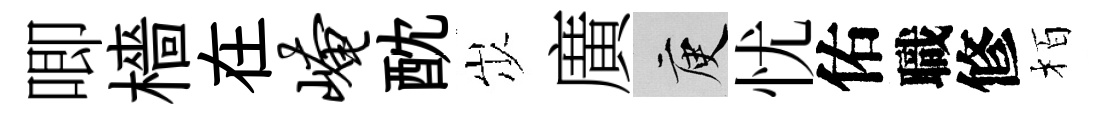
唧檣在崦酖𡵯廣庾忧佑職修栢